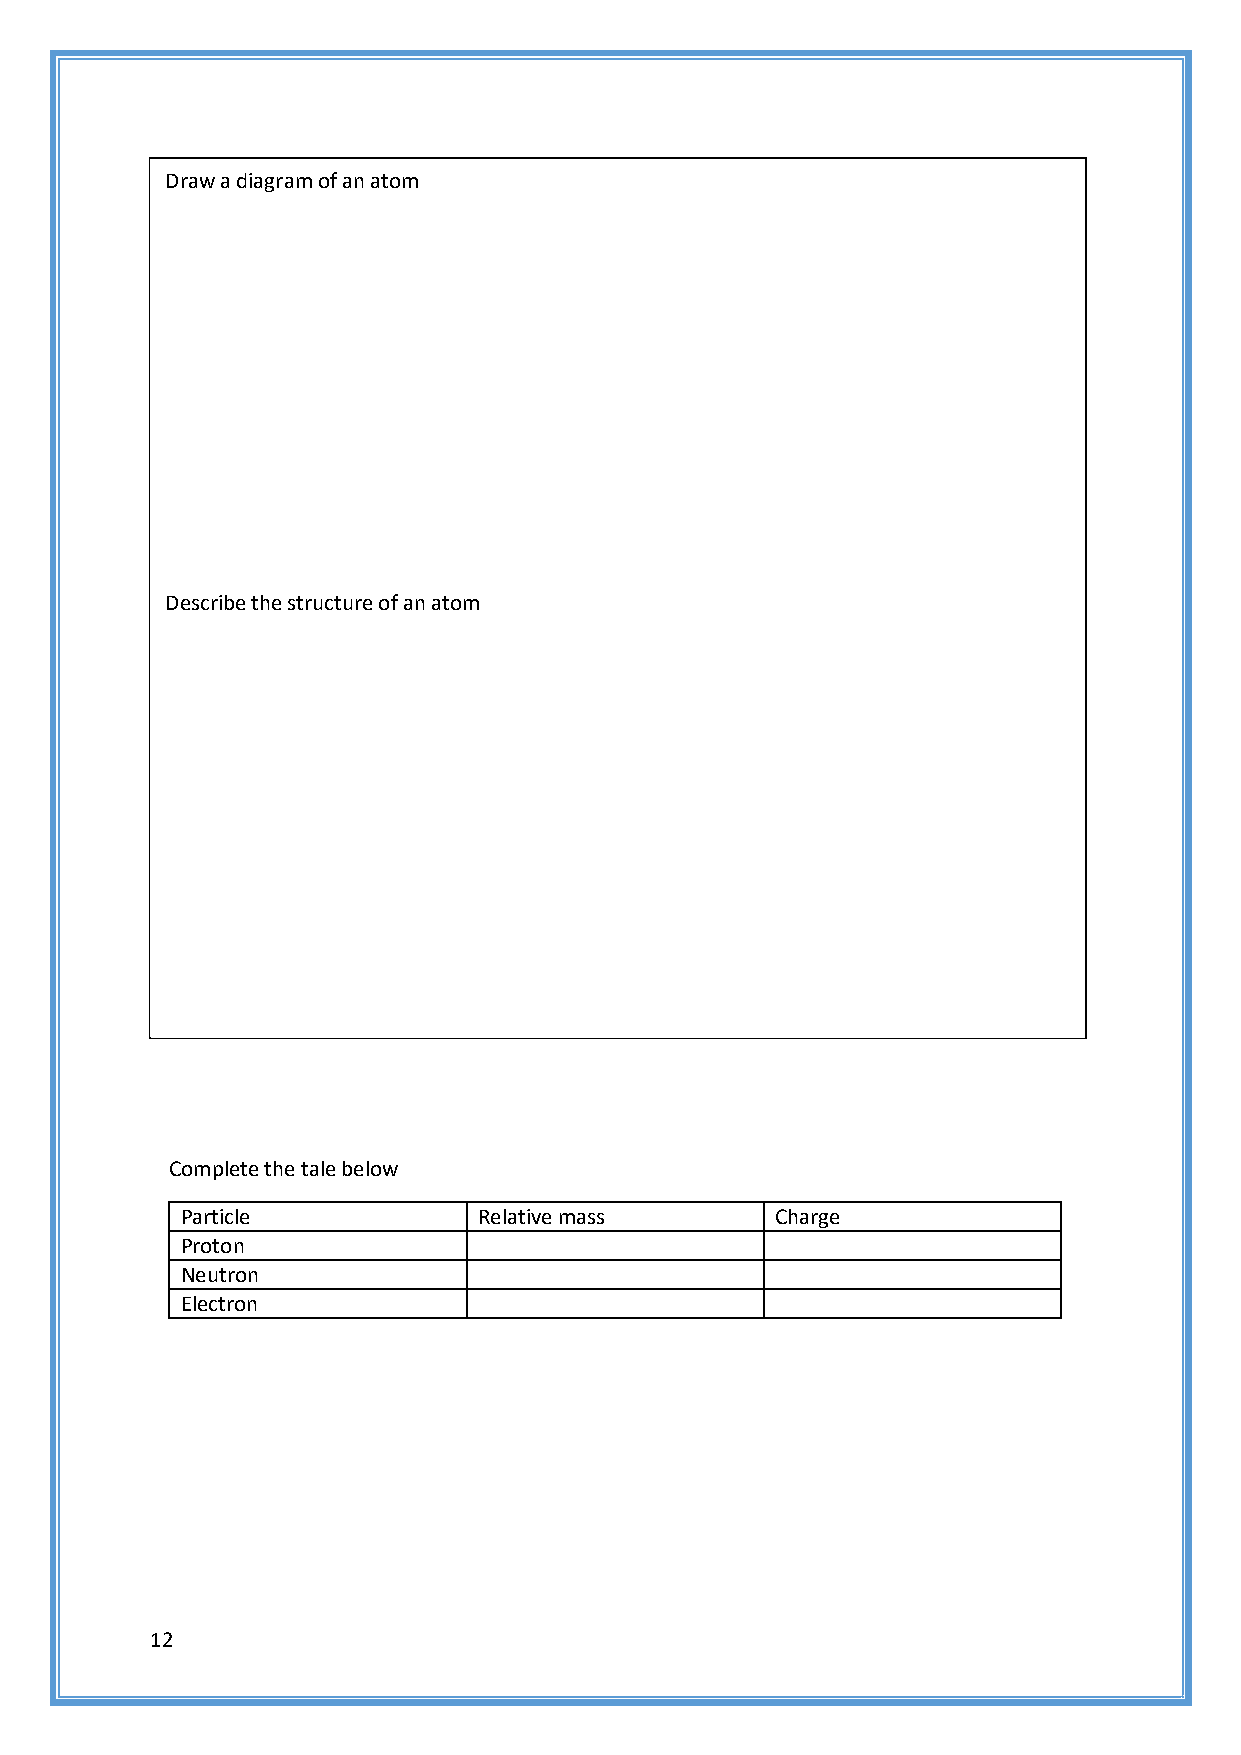
Draw a diagram of an atom
 Describe the structure of an atom
 Complete the tale below
 Particle            Relative mass      Charge
 Proton
 Neutron
 Electron
 12